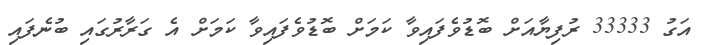
އަގު 33333 ރުފިޔާއަށް ބޮޑުވެފައިވާ ކަމަށް ބޮޑުވެފައިވާ ކަމަށް އެ ގަރާރުގައި ބުނެފައި